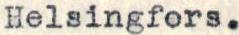
Helsingfors.